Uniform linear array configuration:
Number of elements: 24
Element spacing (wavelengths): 0.75
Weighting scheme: cosine
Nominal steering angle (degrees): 60
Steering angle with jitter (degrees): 59.388
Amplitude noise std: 0.05
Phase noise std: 0.05

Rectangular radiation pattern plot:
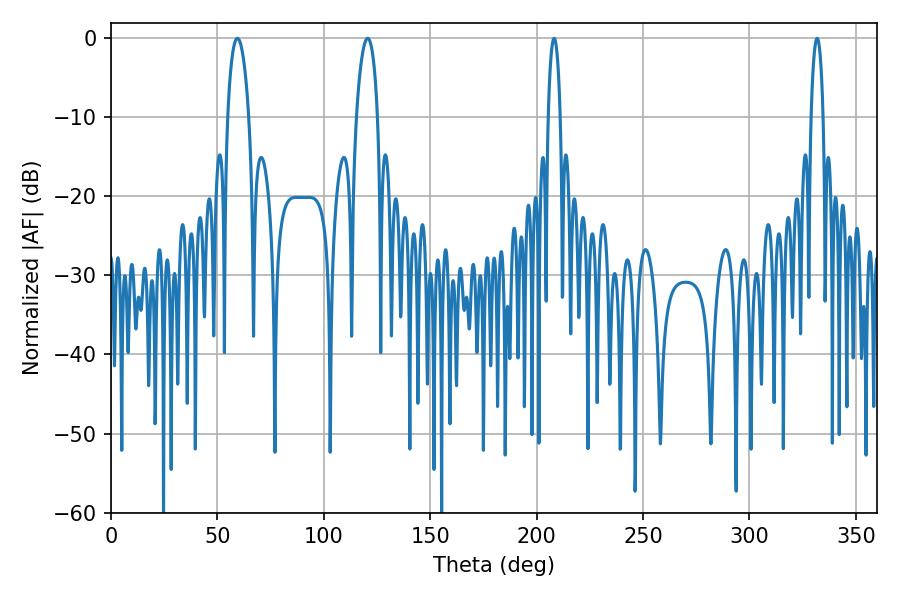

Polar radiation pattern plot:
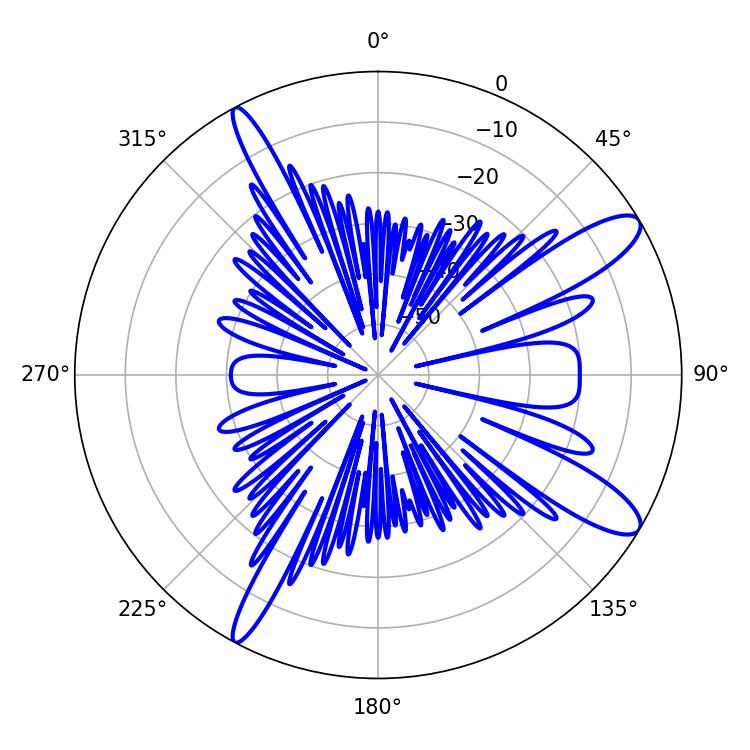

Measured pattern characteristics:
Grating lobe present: TRUE
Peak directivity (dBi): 11.856
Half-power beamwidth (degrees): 5.58
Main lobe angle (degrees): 59.4